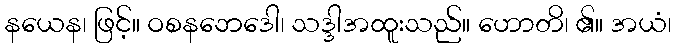
နယေန၊ ဖြင့်။ ဝစနဘေဒေါ၊ သဒ္ဒါအထူးသည်။ ဟောတိ၊ ၏။ အယံ၊